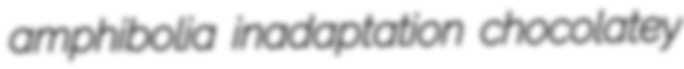
amphibolia inadaptation chocolatey